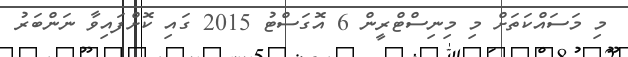
މި މަސައްކަތަށް މި މިނިސްޓްރީން 6 އޮގަސްޓު 2015 ގައި ކޮށްފައިވާ ނަންބަރު